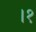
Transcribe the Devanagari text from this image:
।१